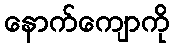
နောက်ကျောကို